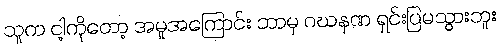
သူက ငါ့ကိုတော့ အမှုအကြောင်း ဘာမှ ဂဃနဏ ရှင်းပြမသွားဘူး